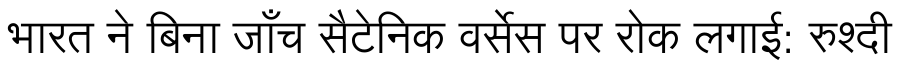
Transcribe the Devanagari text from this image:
भारत ने बिना जाँच सैटेनिक वर्सेस पर रोक लगाई: रुश्दी